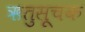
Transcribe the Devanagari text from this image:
ऋतुसूचक